Report on horse surra - Volume II, Part I
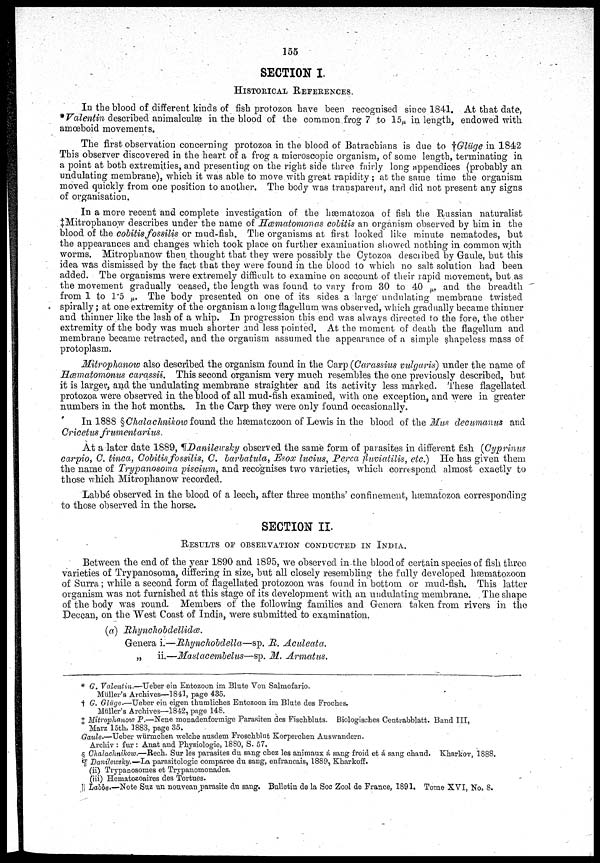
155
SECTION I.
HISTORICAL REFERENCES.
In the blood of different kinds of fish protozoa have been recognised since 1841. At that date,
* Valentin described animalculæ in the blood of the common frog 7 to 15u in. length, endowed with
amœboid movements.
The first observation concerning protozoa in the blood of Batrachians is due to†Glüge in 1842
This observer discovered in the heart of a frog a microscopic organism, of some length, terminating in
a point at both extremities, and presenting on the right side three fairly long appendices (probably an
undulating membrane), which it was able to move with great rapidity; at the same time the organism
moved quickly from one position to another. The body was transparent, and did not present any signs
of organisation.
In a more recent and complete investigation of the hærnatozoa of fish the Russian naturalist
‡Mitrophanow describes under the name of Hæmatomonas colitis an organism observed by him in the
blood of the cobitis fossilis or mud-fish. The organisms at first looked like minute nematodes, but
the appearances and changes which took place on further examination showed nothing in common with
worms. Mitrophanow then thought that they were possibly the Cytozoa described by Gaule, but this
idea was dismissed by the fact that they were found in the blood to which no salt solution had been
added. The organisms were extremely difficult to examine on account of their rapid movement, but.as
the movement gradually ceased, the length was found to vary from 30 to 40 u, and the breadth
from 1 to 1.5 u. The body presented on one of its sides a large' undulating membrane twisted
spirally; at one extremity of the organism a long flagellum was observed, which gradually became thinner
and thinner like the lash of a whip. In progression this end was always directed to the fore, the other
extremity of the body was much shorter and less pointed. At the moment of death the flagellum and
membrane became retracted, and the organism assumed the appearance of a simple shapeless mass of
protoplasm.
Mitrophanow also described the organism found in the Carp (Carassius vulgaris) tinder the name of
Hæmatomonus carqssii. This second organism very much resembles the one previously described, but
it is larger, and the undulating membrane straighter and its activity less marked. These flagellated
protozoa were observed in the blood of all mud-fish examined, with one exception, and were in greater
numbers in the hot months. In the Carp they were only found occasionally.
In 1888 §Chalachnikow found the hæmatozoon of Lewis in the blood of the Mus decumanus and
Cricetus frumentarius.
At a later date 1889, ¶Danilewshy observed the same form of parasites in different fish (Cyprinus
carpio, C. tinca, Colitis fossilis, G. barlatulat Esox lucius, Perca fuviatilis, etc.) He has given them,
the name of Trypanosoma piscium, and recognises two varieties, which correspond almost exactly to
those which Mitrophanow recorded.
Labbé observed in the blood of a leech, after three months' confinement, hæmatozoa corresponding
to those observed in the horse.
SECTION II.
RESULTS OF OBSERVATION CONDUCTED IN INDIA.
Between the end of the year 1890 and 1895, we observed in.the blood of certain species of fish three
varieties of Trypanosoma, differing in size, but all closely resembling the fully developed hæmatozoon
of Surra; while a second form of flagellated protozoon was found in bottom or mud-fish. This latter
organism was not furnished at this stage of its development with an undulating membrane. . The shape
of the body was round. Members of the following families and Genera taken from rivers in the
Deccan, on the West Coast of India, were submitted to examination.
(a) Rhynchobdellidæ.
Genera i.—Rhynchobdella—sp. R. Aculeata.
„
ii. —Mastacembelus—sp. M. Armatus.
* G. Valentin.—Ueber ein Entozoon im Blute Von Salmofario.
Miiller's Archives—1841, page 435.
† G. Glüge.—Ueber ein eigen thurnliches Entozoon im Blute des Froehes,
Midler's Archives—1842, page 148.
‡ Mitrophanow P.—Nene monadenformige Parasiten des Fischbluts. Biologisches Centrabblatt. Band III,
Marz 15th, 1883, page 35.
Gaule.—Ueber wünnchen welche ausdem Froschblut Korperchen Auswandern.
Archiv : fur : Anat and Physiologie, 1880, S. 57.
§ Chalachnikow.—Rech. Sur les parasites dn sang chez les animaux á sang froid et á sang chaud. Kharkov, 1888,
¶Danilewsky.— La parasitologic comparee du sang, enfrancais, 1889, Kharkoff.
(ii) Trypanosomes et Trypanomonades.
(iii) Hematozoaires des Tortues.
II Labbe.—Note Suz un nouvean parasite du sang. Bulletin de la Soc Zool de France, 1891. Tome XVI, No. 8.